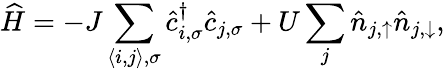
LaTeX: \widehat{H}=-J\sum_{{\left\langle i,j\right\rangle},\sigma}\hat{c}_{{i},\sigma}^{\dagger}\hat{c}_{{j},\sigma}+U\sum_{{j}}\hat{n}_{{j},\uparrow}\hat{n}_{{j},\downarrow},